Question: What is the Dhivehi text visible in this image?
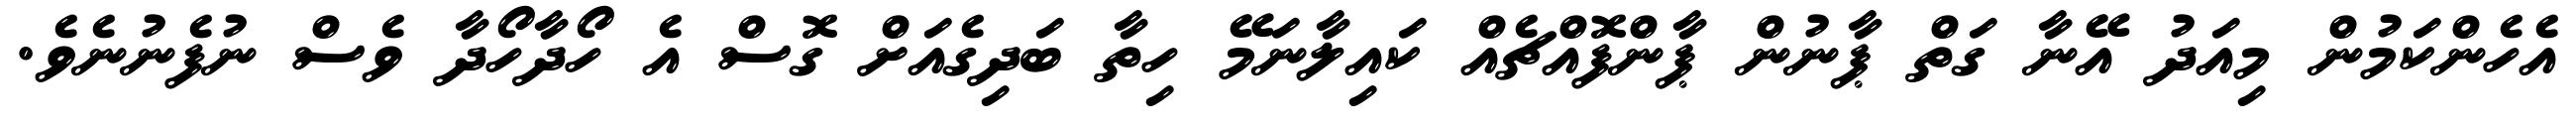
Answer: އެހެންކަމުން މިއަދު އޭނާ ގަތް ޕާނުން ޕާންފޮއްޗެއް ކައިލާނަމޭ ހިތާ ބަދިގެއަށް ގޮސް އެ ހޯދާހޯދާ ވެސް ނުފެނުނެވެ.